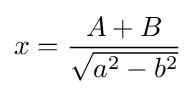
x={\frac {A+B}{\sqrt {a^{2}-b^{2}}}}